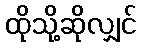
ထိုသို့ဆိုလျှင်